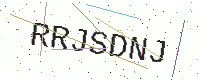
Text: RRJSDNJ